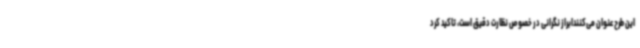
این طرح عنوان می‌کنندابراز نگرانی در خصوص نظارت دقیق است، تاکید کرد